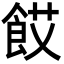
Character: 餀